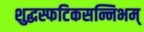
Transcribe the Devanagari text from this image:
शुद्धस्फटिकसन्निभम्